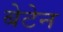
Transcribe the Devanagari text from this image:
बेटेन